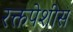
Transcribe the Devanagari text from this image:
रक्तपेशीस